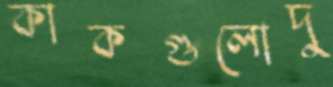
কাকগুলোদু